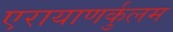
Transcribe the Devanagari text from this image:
एरायाणर्कुलम